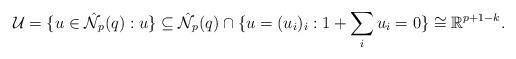
LaTeX: \begin{align*} \mathcal{U}=\{u\in\hat{\mathcal{N}}_p(q):u\}\subseteq\hat{\mathcal{N}}_p(q)\cap\{u=(u_i)_i:1+\sum_iu_i=0\}\cong\mathbb{R}^{p+1-k}.\end{align*}